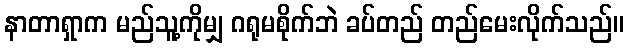
နာတာရှာက မည်သူ့ကိုမျှ ဂရုမစိုက်ဘဲ ခပ်တည် တည်မေးလိုက်သည်။